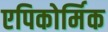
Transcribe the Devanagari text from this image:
एपिकोर्मिक